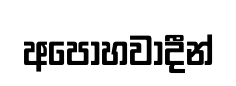
අපෝහවාදීන්